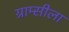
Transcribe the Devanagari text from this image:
ग्राम्सीला